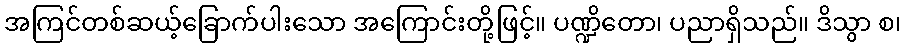
အကြင်တစ်ဆယ့်ခြောက်ပါးသော အကြောင်းတို့ဖြင့်။ ပဏ္ဍိတော၊ ပညာရှိသည်။ ဒိသွာ စ၊